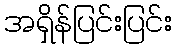
အရှိန်ပြင်းပြင်း